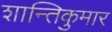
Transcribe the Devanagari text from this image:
शान्तिकुमार